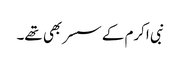
نبی اکرم کے سسر بھی تھے۔